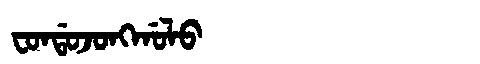
Manchu: ᠸᠣᠨᡩᠣᠵᠣᠩᡤᠣᠯᠣ
Romanization: FONDOJONGGOLO